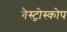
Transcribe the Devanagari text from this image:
गैस्ट्रोस्कोप